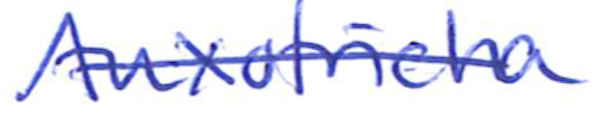
Text: Auxotricha
Cross-out: mix
Writing tool: ballpoint